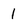
Character: I